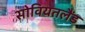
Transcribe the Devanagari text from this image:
सोवियतलैंड